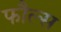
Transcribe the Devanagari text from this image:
फौल्स